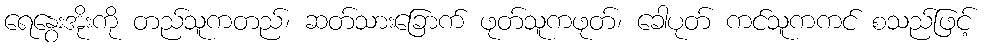
ရေနွေးအိုးကို တည်သူကတည်၊ ဆတ်သားခြောက် ဖုတ်သူကဖုတ်၊ ခေါပုတ် ကင်သူကကင် စသည်ဖြင့်